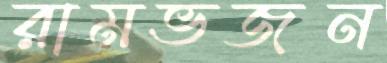
রামভজন